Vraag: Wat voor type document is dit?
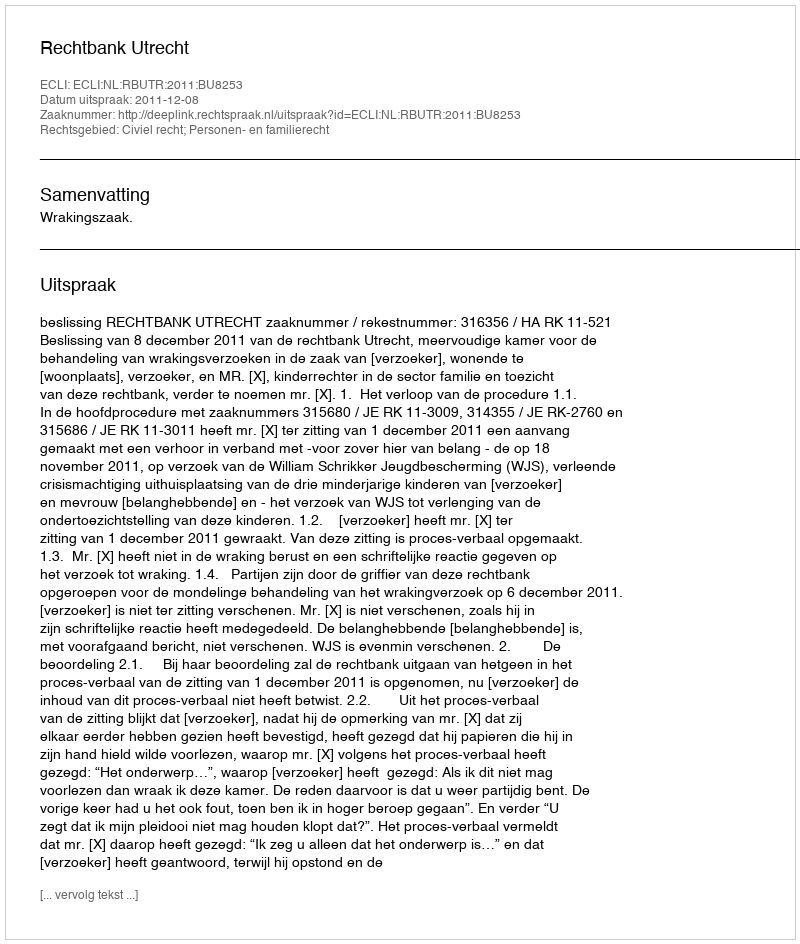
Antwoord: Uitspraak